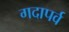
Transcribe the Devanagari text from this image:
गदापर्व